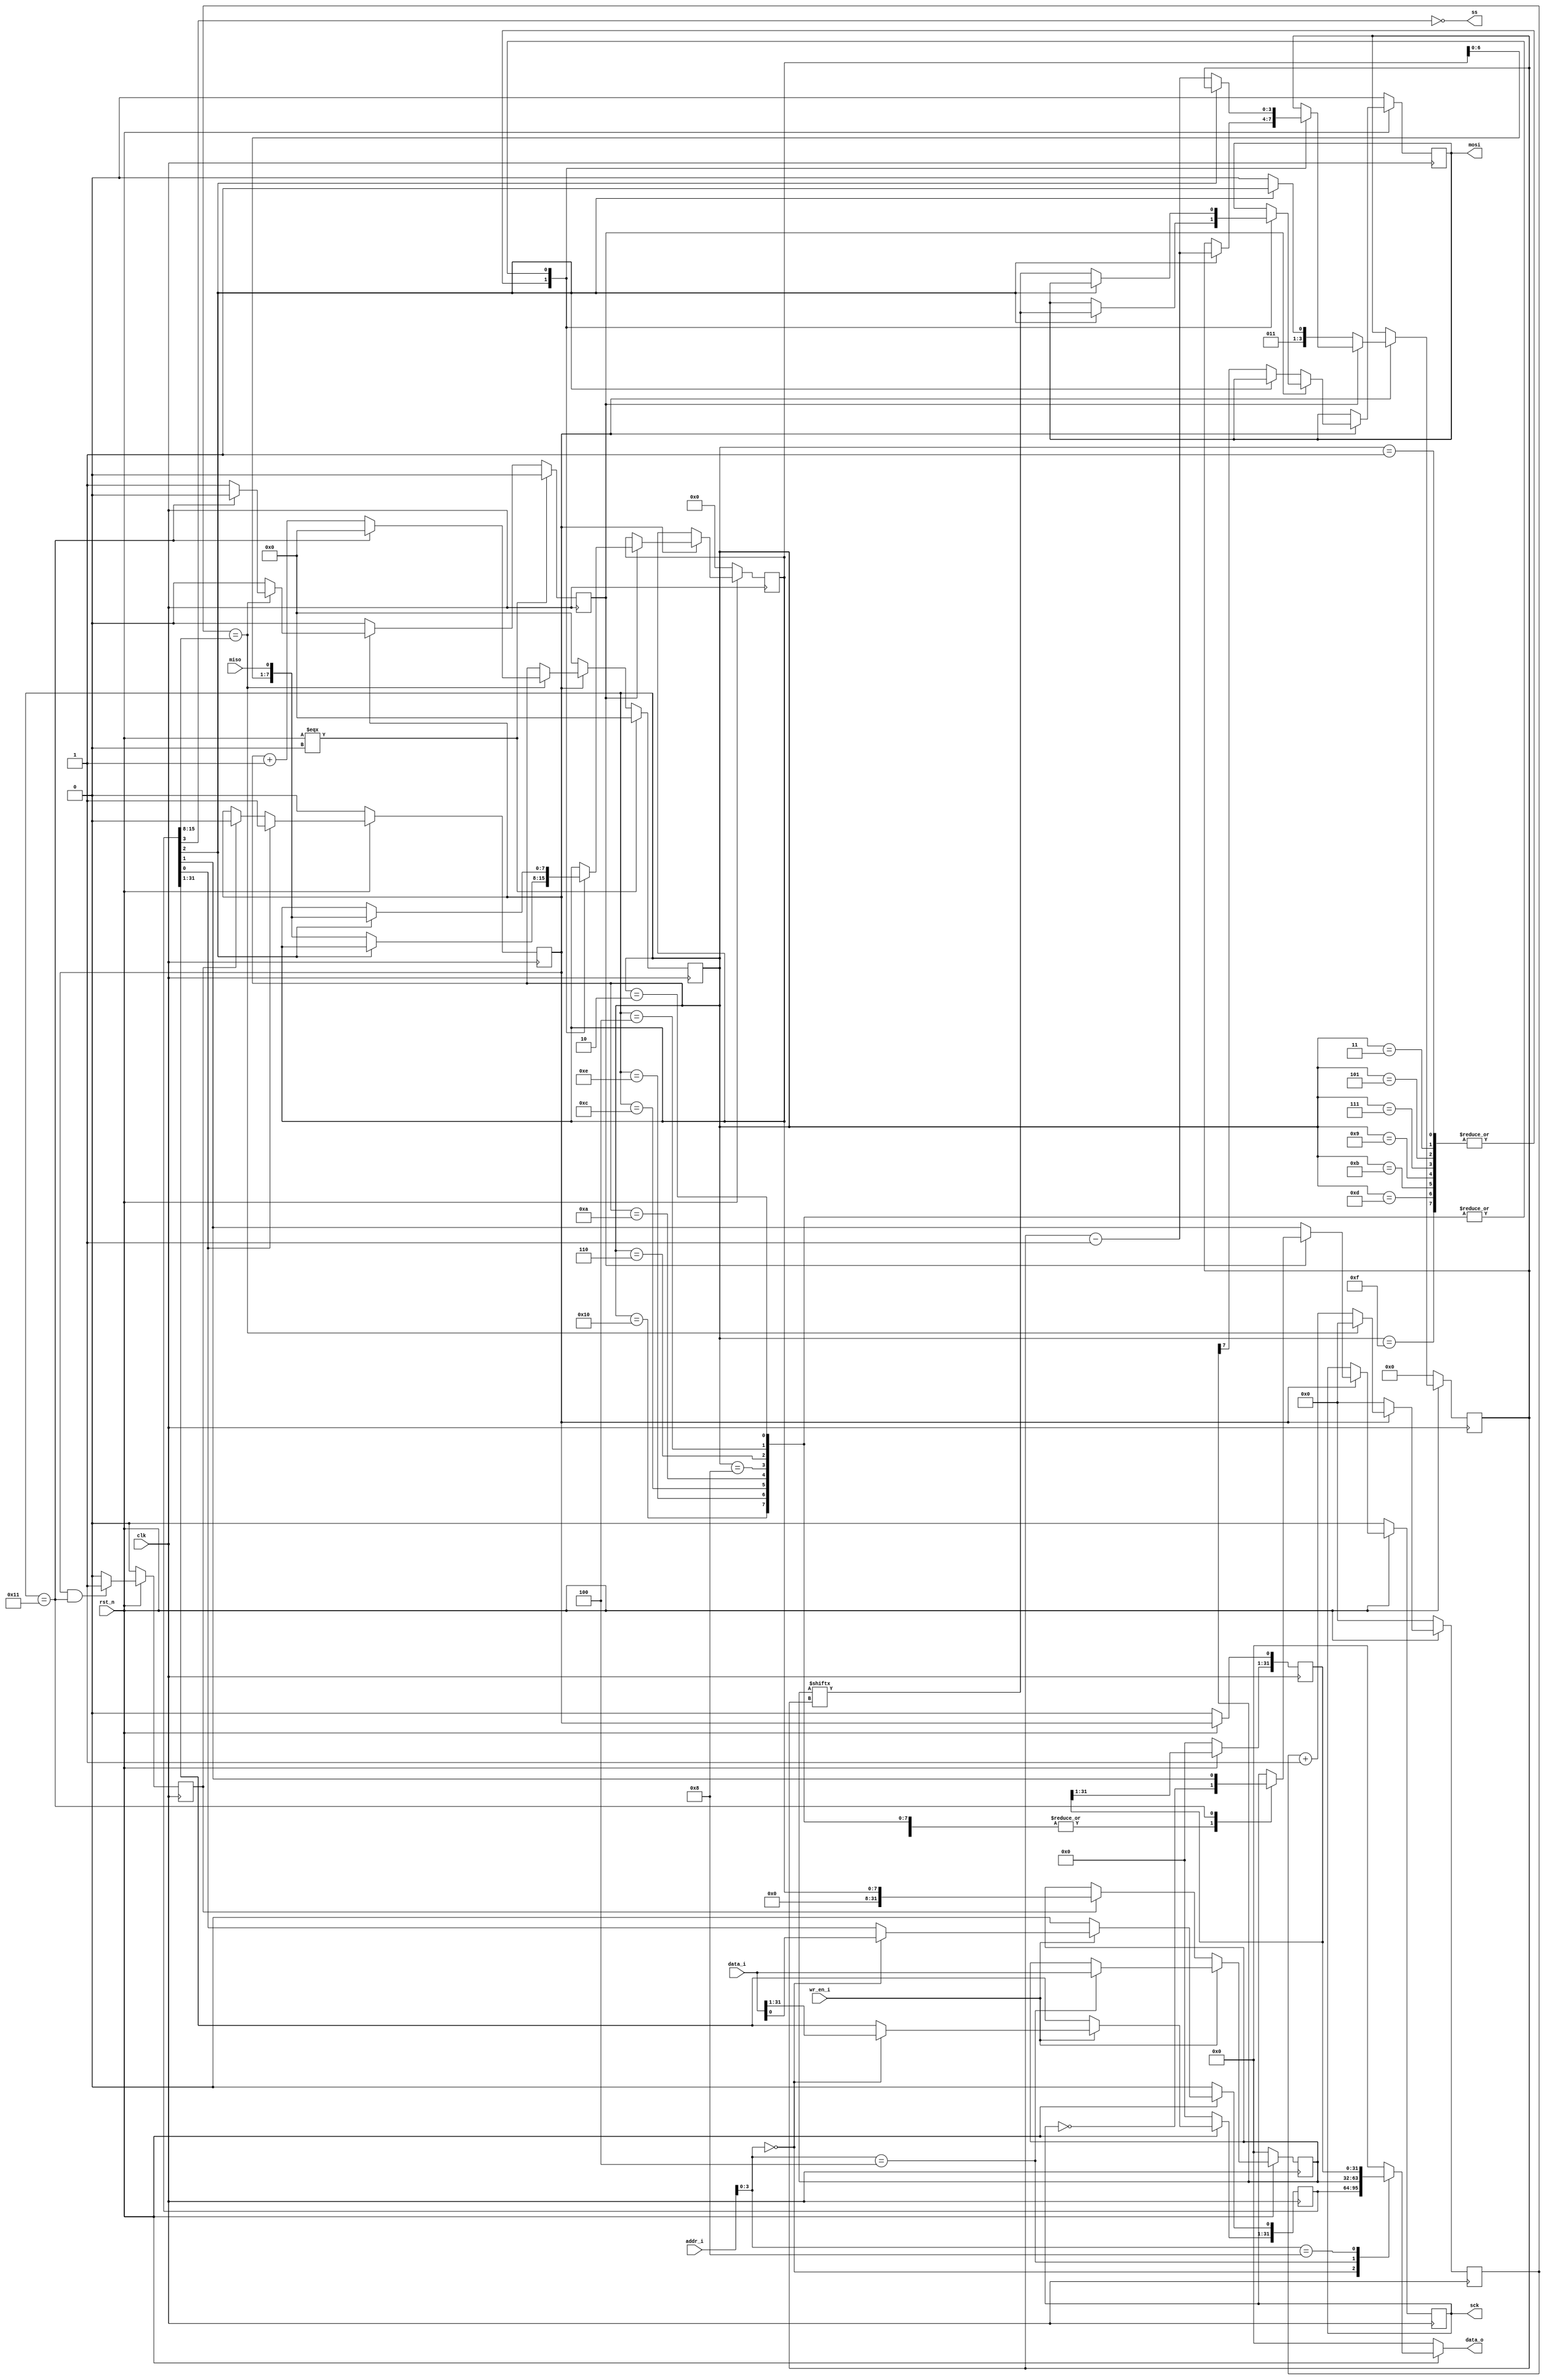
module spi(
input clk,
input rst_n,
input [31:0] data_i,
input [31:0] addr_i,
input wr_en_i,
output reg [31:0] data_o,
output reg mosi,
input miso,
output ss,
output reg sck
);

localparam SPI_CTRL = 4'h0;
localparam SPI_DATA = 4'h4;
localparam SPI_STATUS = 4'h8;

reg [31:0] spi_ctrl;
//[0]: 1: enable spi
//[1]: CPOL
//[2]: CPHA
//[3]: 1: select slave
//[15:8]: clk div

reg [31:0] spi_data; //[7:0] cmd or data

reg [31:0] spi_status;//[0] 1:busy
reg [8:0] clk_cnt;
reg en;
reg [4:0] clk_edge_cnt;
reg clk_edge_level;
reg [7:0] rd_data;
reg done;
reg [3:0] index;
wire [8:0] div_cnt;

assign ss = ~spi_ctrl[3];//active low
assign div_cnt = spi_ctrl[15:8];

always@(posedge clk) begin
	if(rst_n == 0) begin
		en <= 0;
	end else if (spi_ctrl[0] == 1) begin
		en <= 1;
	end else if (done == 1) begin
		en <= 1'b0;
	end else begin
		en <= en;
	end
end

always@(posedge clk) begin
	if(rst_n == 1'b0) begin
		clk_cnt <= 9'b0;
	end else if(en == 1'b1) begin
		if(clk_cnt == div_cnt) begin
			clk_cnt <= 9'b0;
		end else begin
			clk_cnt <= clk_cnt + 1'b1;
		end
	end else begin
		clk_cnt <= 9'b0;
	end
end

always@(posedge clk) begin
	if(rst_n === 1'b0) begin
		clk_edge_cnt <= 5'b0;
		clk_edge_level <= 1'b0;
	end else if (en == 1'b1) begin
		if (clk_cnt == div_cnt) begin
			if(clk_edge_cnt == 5'd17) begin
				clk_edge_cnt <= 5'h0;
				clk_edge_level <= 1'b0;
			end else begin
				clk_edge_cnt <= clk_edge_cnt + 1'b1;
				clk_edge_level <= 1'b1;
			end
		end else begin
			clk_edge_level <= 1'b0;
		end
	end else begin
		clk_edge_cnt <= 5'b0;
		clk_edge_level <= 1'b0;
	end
end

always@(posedge clk) begin
	if (rst_n == 1'b0) begin
		sck <= 1'b0;
		rd_data <= 8'b0;
		mosi <= 1'b0;
		index <= 4'b0;
	end else if (en == 1'b1) begin
		if (clk_edge_level == 1'b1) begin
			case (clk_edge_cnt)
				1,3,5,7,9,11,13,15:begin // first edge
					sck <= ~sck;
					if (spi_ctrl[2] == 1'b0) begin //Read 
						rd_data <= {rd_data[6:0],miso};
					end else begin
						index <= index - 1;
						mosi <= spi_data[index];
					end
				end
				2,4,6,8,10,12,14,16:begin //second edge
					sck <= ~sck;
					if (spi_ctrl[2] == 1'b0) begin //Write
						index <= index - 1;
						mosi <= spi_data[index];
					end else begin
						rd_data <= {rd_data[6:0],miso};
					end
				end
				17: begin
					sck <= spi_ctrl[1];
				end
				default: begin
				end
			endcase
		end else begin
			sck <= spi_ctrl[1];
			if (spi_ctrl[2] == 1'b0) begin
				mosi <= spi_data[7];
				index <= 4'h6;
			end else begin
				index <= 4'h7;
			end
		end
	end
end

always@(posedge clk) begin
	if (rst_n == 1'b0) begin
		done <= 1'b0;
	end else if(en && clk_edge_cnt == 5'd17) begin
		done <= 1'b1;
	end else begin
		done <= 1'b0;
	end
end

always@(posedge clk) begin
	if (rst_n == 1'b0) begin
		spi_ctrl <= 32'h0;
		spi_data <= 32'h0;
		spi_status <= 32'h0;
	end else begin
		spi_status[0] <= en;
		if(wr_en_i == 1'b1) begin
			case(addr_i[3:0])
				SPI_CTRL:begin
					spi_ctrl <= data_i;
				end
				SPI_DATA:begin
					spi_data <= data_i;
				end
				default:begin
				end
			endcase
		end else begin
			spi_ctrl[0] <= 1'b0;
			if (done == 1'b1) begin
				spi_data <= {24'b0, rd_data};
			end
		end
	end
end

always@(*) begin
	if(rst_n == 1'b0) begin
		data_o = 32'b0;
	end else begin
		case(addr_i[3:0])
		SPI_CTRL: begin
			data_o = spi_ctrl;
		end
		SPI_DATA: begin
			data_o = spi_data;
		end
		SPI_STATUS: begin
			data_o = spi_status;
		end
		default:begin
			data_o = 32'b0;
		end
		endcase
	end
end
endmodule